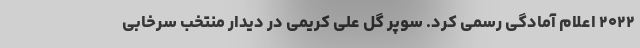
۲۰۲۲ اعلام آمادگی رسمی کرد. سوپر گل علی کریمی در دیدار منتخب سرخابی